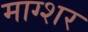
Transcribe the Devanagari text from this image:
माग्शर